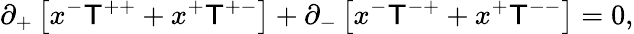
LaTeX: \partial_{+}\left[x^{-}\mathsf{T}^{++}+x^{+}\mathsf{T}^{+-}\right]+\partial_{-}\left[x^{-}\mathsf{T}^{-+}+x^{+}\mathsf{T}^{--}\right]=0,